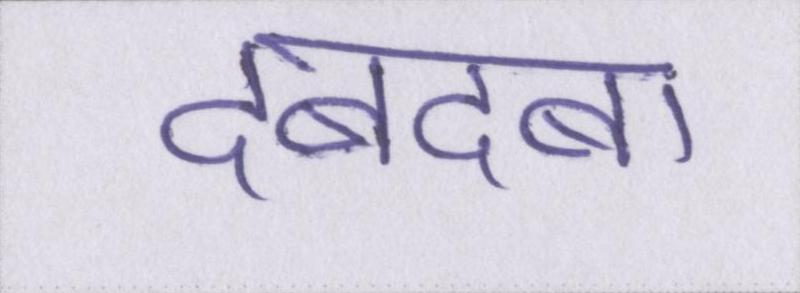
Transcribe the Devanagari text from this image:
दबदबा